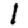
Digit: 1